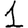
Digit: 1